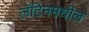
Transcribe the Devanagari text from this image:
लॅटिनमधील